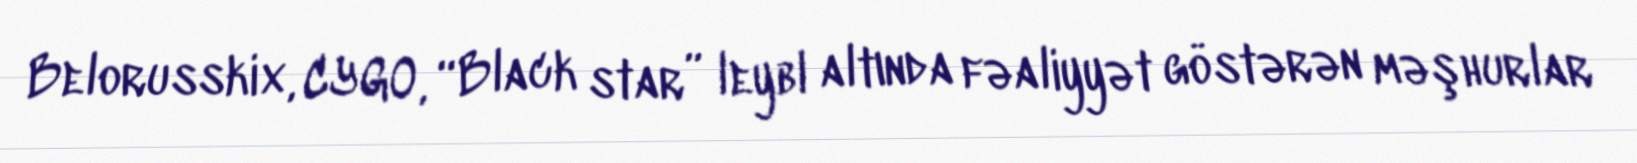
Belorusskix, CYGO, “Black star” leybl altında fəaliyyət göstərən məşhurlar